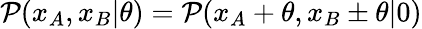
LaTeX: \mathcal{P}(x_{A},x_{B}|\theta)=\mathcal{P}(x_{A}+\theta,x_{B}\pm\theta|0)